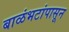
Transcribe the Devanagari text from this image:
बाळंभटांपासून